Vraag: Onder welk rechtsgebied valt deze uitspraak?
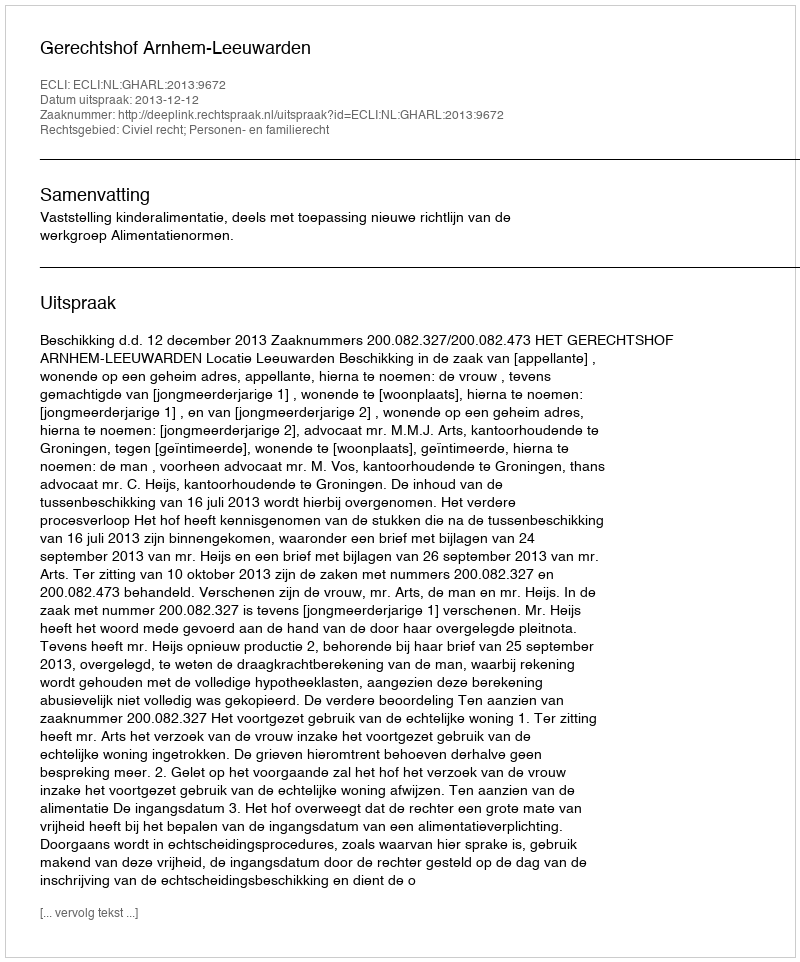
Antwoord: Civiel recht; Personen- en familierecht